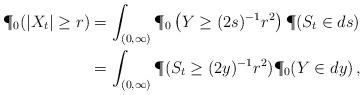
LaTeX: \begin{align*} \P_0(|X_t|\geq r)&=\int_{(0,\infty)}\P_0\left(Y\geq (2s)^{-1}r^2\right)\P(S_t\in ds)\\ &=\int_{(0,\infty)}\P(S_t\geq (2y)^{-1}r^2)\P_0(Y\in dy)\,, \end{align*}